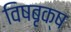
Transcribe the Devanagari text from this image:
विषबृक्ष